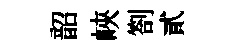
韶峽劄貳